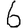
Digit: 6